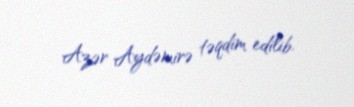
Azər Aydəmirə təqdim edilib.